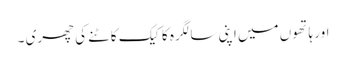
اور ہاتھوں میں اپنی سالگرہ کا کیک کاٹنے کی چھری ۔